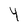
Character: 4